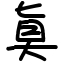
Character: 𫞲